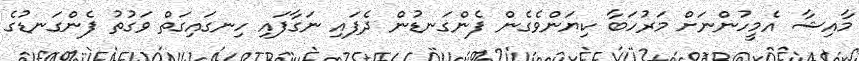
މާއިޝާ އެމީހުންނަށް މަރުހަބާ ކިޔަންވެގެން ފެންގަނޑުން ދެފައި ނަގާފައި ހިނގައިގަތް ވަގުތު ފެންގަނޑުގެ